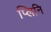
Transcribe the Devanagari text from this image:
प्लिनि